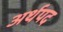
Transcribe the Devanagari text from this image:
अर्थपद